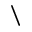
\backslash